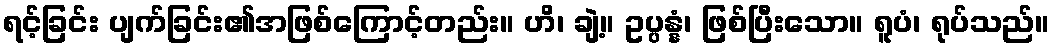
ရင့်ခြင်း ပျက်ခြင်း၏အဖြစ်ကြောင့်တည်း။ ဟိ၊ ချဲ့။ ဥပ္ပန္နံ၊ ဖြစ်ပြီးသော။ ရူပံ၊ ရုပ်သည်။